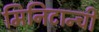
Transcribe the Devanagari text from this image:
मिनिटान्ची